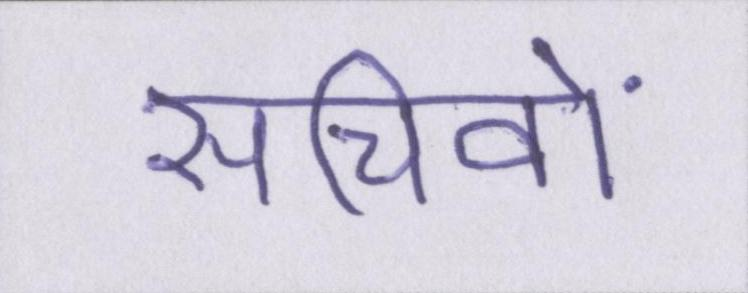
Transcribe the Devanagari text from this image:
सचिवों